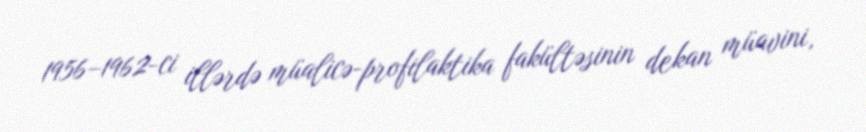
1956–1962-ci illərdə müalicə-profilaktika fakültəsinin dekan müavini,